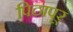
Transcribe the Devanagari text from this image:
पिठापूर